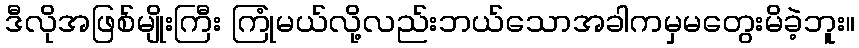
ဒီလိုအဖြစ်မျိုးကြီး ကြုံမယ်လို့လည်းဘယ်သောအခါကမှမတွေးမိခဲ့ဘူး။